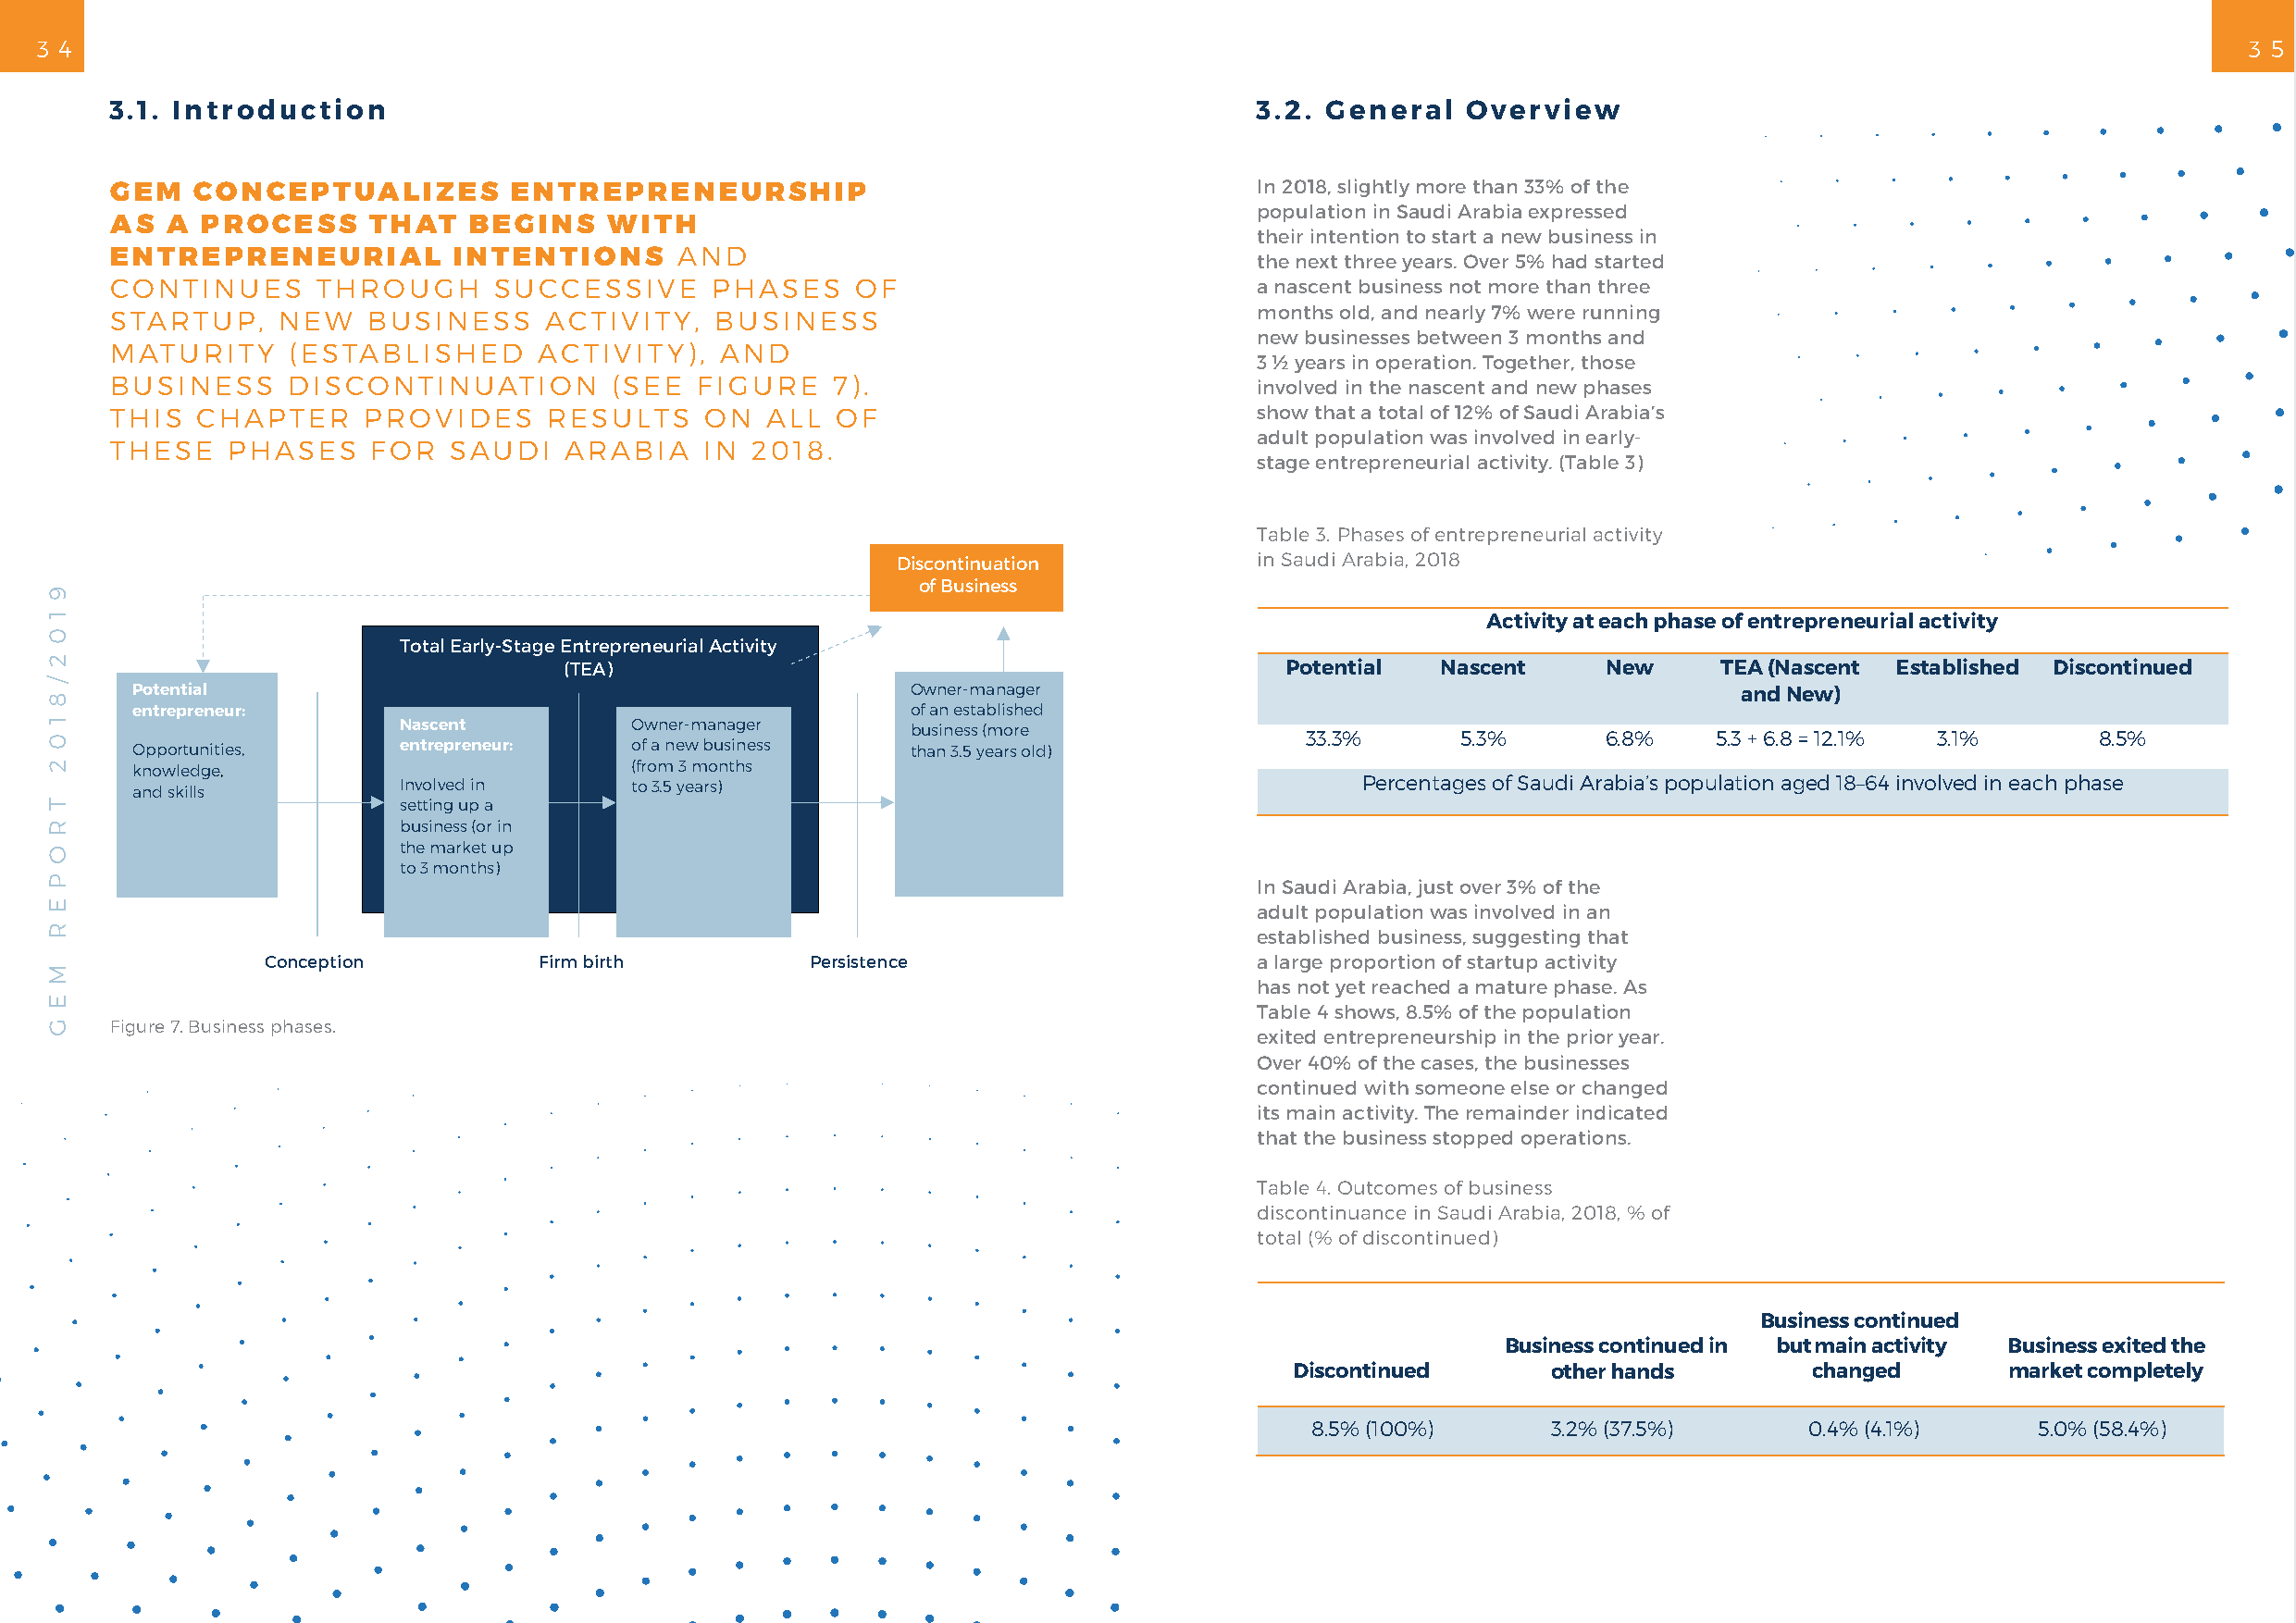
3 4                                                                                                                                                           3 5
 3.1. Introduction                                                                 3.2. General   Overview
 GEM   CONCEPTUALIZES         ENTREPRENEURSHIP                                     In 2018, slightly more than 33% of the
 population in Saudi Arabia expressed
 AS  A PROCESS     THAT    BEGINS   WITH
 their intention to start a new business in
 ENTREPRENEURIAL          INTENTIONS     AND
 the next three years. Over 5% had started
 CONTINUES      THROUGH     SUCCESSIVE      PHASES    OF                           a nascent business not more than three
 STARTUP,    NEW   BUSINESS     ACTIVITY,   BUSINESS                               months old, and nearly 7% were running
 new businesses between 3 months and
 MATURITY     (ESTABLISHED      ACTIVITY),  AND
 3 ½ years in operation. Together, those
 BUSINESS     DISCONTINUATION        (SEE  FIGURE    7).                           involved in the nascent and new phases
 THIS  CHAPTER     PROVIDES     RESULTS    ON   ALL  OF                            show that a total of 12% of Saudi Arabia’s
 adult population was involved in early-
 THESE   PHASES     FOR  SAUDI   ARABIA    IN  2018.
 stage entrepreneurial activity. (Table 3)
 Table 3. Phases of entrepreneurial activity
 Discontinuation           in Saudi Arabia, 2018
 of Business
 Activity at each phase of entrepreneurial activity
 Total Early-Stage Entrepreneurial Activity
 (TEA)                                               Potential  Nascent     New     TEA (Nascent Established Discontinued
 Potential                                               Owner-manager                                              and New)
 entrepreneur:                                           of an established
 Nascent         Owner-manager       business (more
 33.3%      5.3%       6.8%    5.3 + 6.8 = 12.1% 3.1%     8.5% Opportunities, entrepreneur: of a new business than 3.5 years old)
 knowledge,                          (from 3 months
 and skills          Involved in     to 3.5 years)                                       Percentages of Saudi Arabia’s population aged 18–64 involved in each phase
 setting up a
 business (or in
 the market up
 to 3 months)
 In Saudi Arabia, just over 3% of the
 adult population was involved in an
 established business, suggesting that
 Conception          Firm birth         Persistence                     a large proportion of startup activity
 has not yet reached a mature phase. As
 Table 4 shows, 8.5% of the population
 Figure 7. Business phases.
 exited entrepreneurship in the prior year.
 Over 40% of the cases, the businesses
 continued with someone else or changed
 its main activity. The remainder indicated
 that the business stopped operations.
 Table 4. Outcomes of business
 discontinuance in Saudi Arabia, 2018, % of
 total (% of discontinued)
 Business continued
 Business continued in but main activity Business exited the
 Discontinued       other hands        changed       market completely
 8.5% (100%)      3.2% (37.5%)      0.4% (4.1%)      5.0% (58.4%)
 9
 1
 0
 2
 /
 8
 1
 0
 2
 T
 R
 O
 P
 E
 R
 M
 E
 G